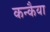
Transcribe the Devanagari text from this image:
कन्कैया